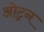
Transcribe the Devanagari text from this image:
ओट्रन